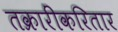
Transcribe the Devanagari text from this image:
तक्रारींकरितार